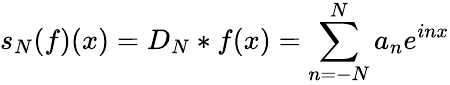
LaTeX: s_{N}(f)(x)=D_{N}*f(x)=\sum_{n=-N}^{N}a_{n}e^{inx}